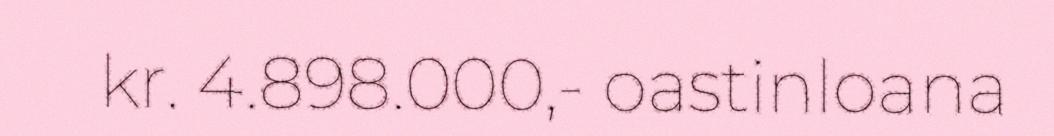
kr. 4.898.000,- oastinloana